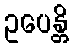
ဥပေန္တိ